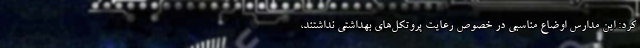
کرد: این مدارس اوضاع مناسبی در خصوص رعایت پروتکل‌های بهداشتی نداشتند،